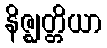
နိဇ္ဈတ္တိယာ